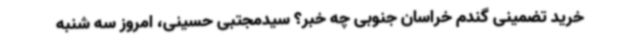
خرید تضمینی گندم خراسان جنوبی چه خبر؟ سیدمجتبی حسینی، امروز سه شنبه